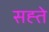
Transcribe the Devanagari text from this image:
सह्ते